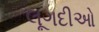
લૂગદીઓ